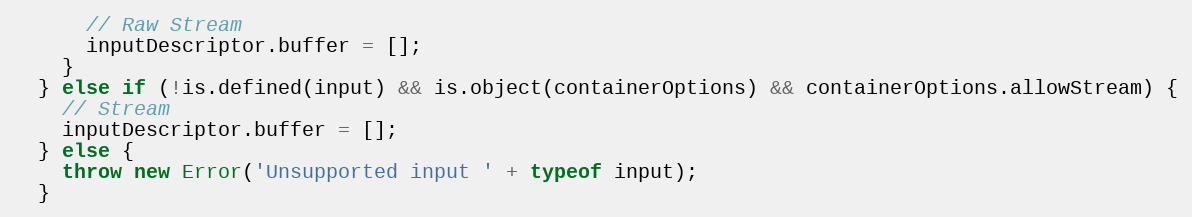
Language: JavaScript
      // Raw Stream
      inputDescriptor.buffer = [];
    }
  } else if (!is.defined(input) && is.object(containerOptions) && containerOptions.allowStream) {
    // Stream
    inputDescriptor.buffer = [];
  } else {
    throw new Error('Unsupported input ' + typeof input);
  }